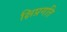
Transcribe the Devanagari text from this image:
क्षिप्रगति